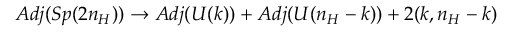
A d j ( S p ( 2 n _ { H } ) ) \to A d j ( U ( k ) ) + A d j ( U ( n _ { H } - k ) ) + 2 ( k , n _ { H } - k )